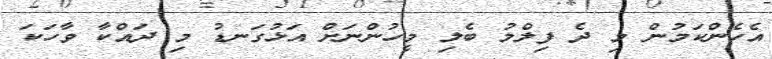
އެހެންކަމުން މި ދެ ފިލްމު ބެލި މީހުންނަށް އަޅުގަނޑު މި ދައްކާ ވާހަކަ